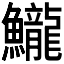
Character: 𱇈